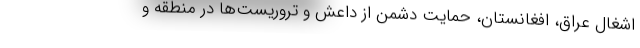
اشغال عراق، افغانستان، حمایت دشمن از داعش و تروریست‌ها در منطقه و